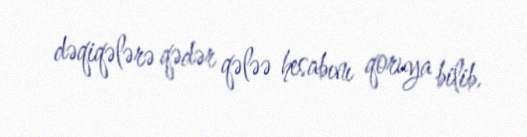
dəqiqələrə qədər qələə hesabını qoruya bilib.